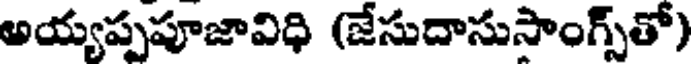
అయ్యప్పపూజావిధి (జేసుదాసుసాంగ్స్తో)